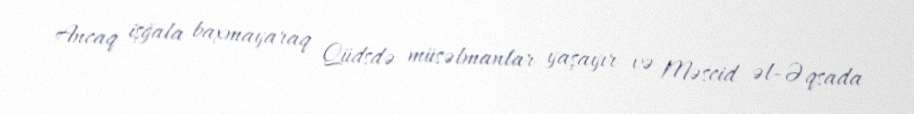
Ancaq işğala baxmayaraq Qüdsdə müsəlmanlar yaşayır və Məscid əl-Əqsada